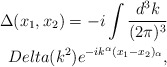
\begin{align*}\Delta(x_{1},x_{2}) = -i\int\frac{d^{3}k}{(2\pi)^{3}}\\Delta(k^2)e^{-ik^{\alpha}(x_{1}-x_{2})_{\alpha}},\end{align*}